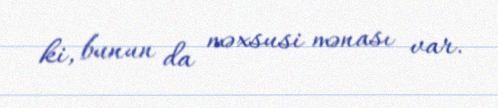
ki, bunun da məxsusi mənası var.